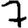
Digit: 7